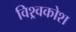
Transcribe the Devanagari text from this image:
विश्र्वकोश